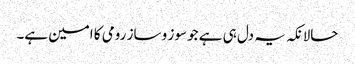
حالانکہ یہ دل ہی ہے جو سوز و ساز رومی کا امین ہے۔